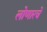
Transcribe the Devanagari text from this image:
लोणारचे